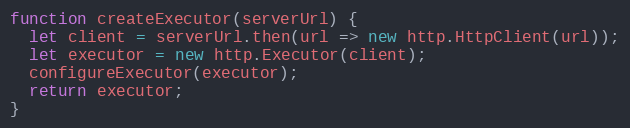
Language: JavaScript
function createExecutor(serverUrl) {
  let client = serverUrl.then(url => new http.HttpClient(url));
  let executor = new http.Executor(client);
  configureExecutor(executor);
  return executor;
}